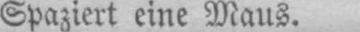
Spaziert eine Maus.